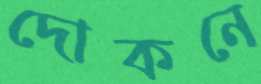
দোকনে